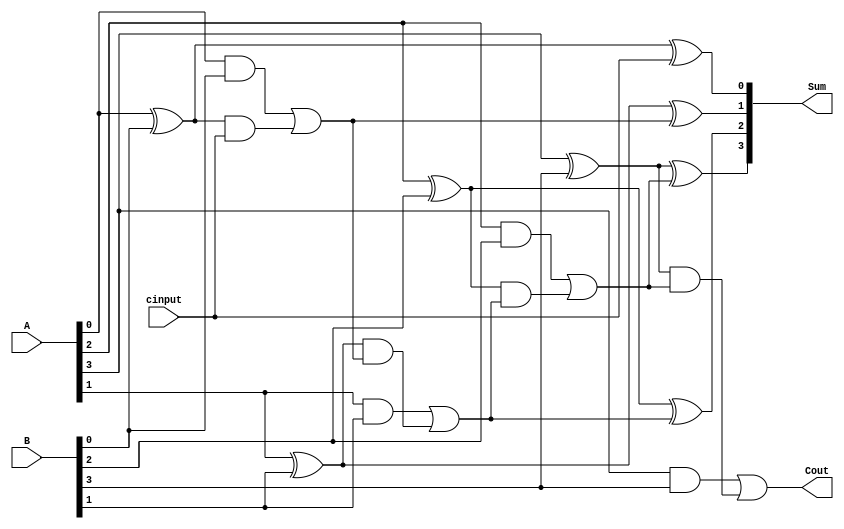
`timescale 1ns / 1ps
//////////////////////////////////////////////////////////////////////////////////
// Company: Teton Pvt. Limited
// 
// Design Name: Carry Look Ahead Adder
// Module Name: carry_look_ahead_adder
// Project Name: 
// Target Devices: 
// Tool Versions: 
// Description: 
// 
// Dependencies: 
// 
// Revision:
// Revision 0.01 - File Created
// Additional Comments:
// 
//////////////////////////////////////////////////////////////////////////////////


module carry_look_ahead_adder(
    input [3:0] A,
    input [3:0] B,
    input cinput,
    output [3:0] Sum,
    output Cout
    );
    wire [3:0]P;
    wire [3:0]G;
    wire [3:0]C;
    wire Cin;
    assign Cin = cinput; 
    genvar i;
    generate
    for (i=0; i<4; i = i+1) 
    begin
    assign G[i] = A[i] & B[i];
    assign P[i] = (A[i] ^ B[i]);
    if (i==0)
        begin
            assign Sum[i] = P[i] ^ Cin;
            assign C[i] = G[i] | (P[i] & Cin);     
        end
    else
        begin
            assign Sum[i] = P[i] ^ C[i-1];
            assign C[i] = G[i] | (P[i] & C[i-1]);   
        end
    end
    endgenerate
    assign Cout = C[3];
endmodule